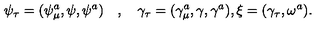
\psi _ { \tau } = ( \psi _ { \mu } ^ { a } , \psi , \psi ^ { a } ) \quad , \quad \gamma _ { \tau } = ( \gamma _ { \mu } ^ { a } , \gamma , \gamma ^ { a } ) , \xi = ( \gamma _ { \tau } , \omega ^ { a } ) .